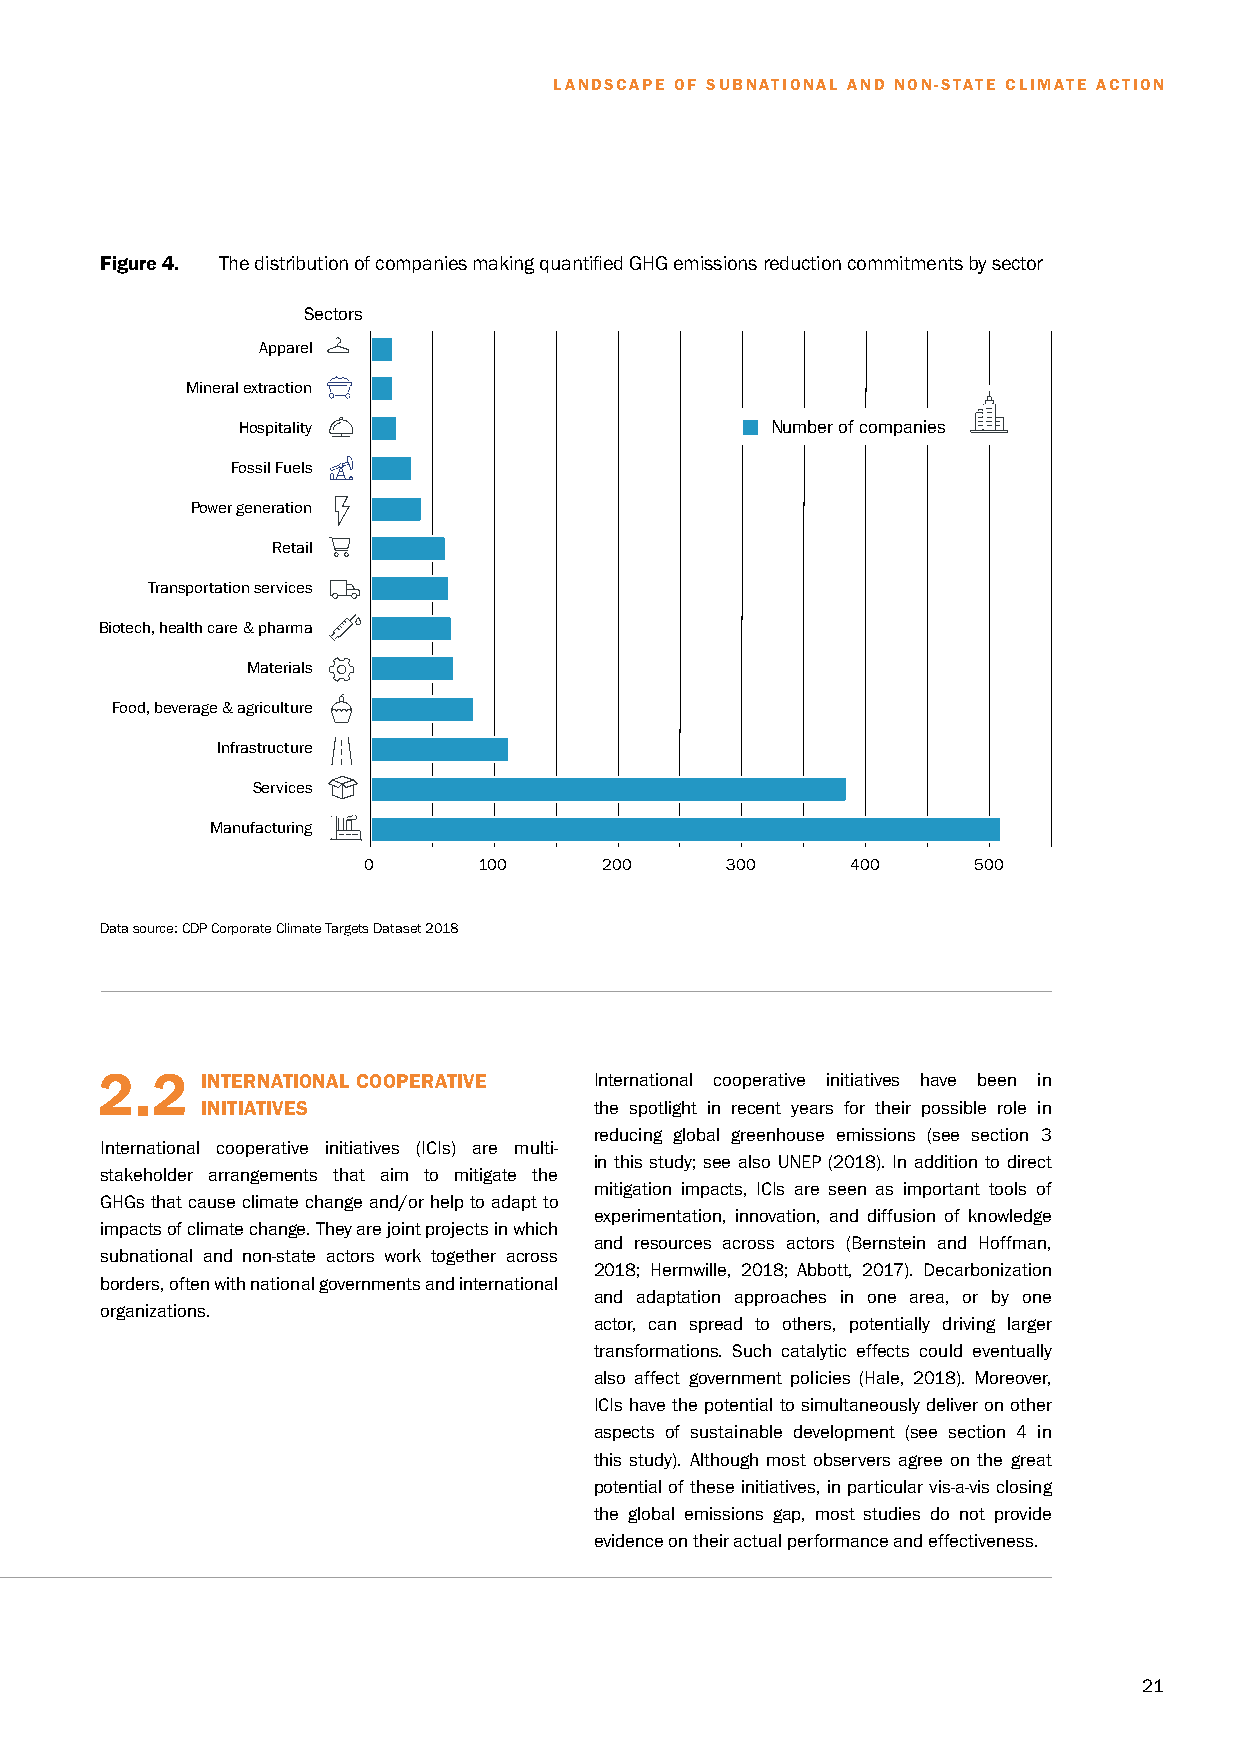
LANDSCAPE OF SUBNATIONAL AND NON-STATE CLIMATE ACTION
 Figure 4. The distribution of companies making quantified GHG emissions reduction commitments by sector
 Sectors
 Apparel
 Mineral extraction
 Hospitality                        Number of companies
 Fossil Fuels
 Power generation
 Retail
 Transportation services
 Biotech, health care & pharma
 Materials
 Food, beverage & agriculture
 Infrastructure
 Services
 Manufacturing
 0       100     200     300     400     500
 Data source: CDP Corporate Climate Targets Dataset 2018
 2.2   I NTERNATIONAL COOPERATIVE International cooperative initiatives have been in
 INITIATIVES               the spotlight in recent years for their possible role in
 reducing global greenhouse emissions (see section 3
 International cooperative initiatives (ICIs) are multi-
 in this study; see also UNEP (2018). In addition to direct
 stakeholder arrangements that aim to mitigate the
 mitigation impacts, ICIs are seen as important tools of
 GHGs that cause climate change and/or help to adapt to
 experimentation, innovation, and diffusion of knowledge
 impacts of climate change. They are joint projects in which
 and resources across actors (Bernstein and Hoffman,
 subnational and non-state actors work together across
 2018; Hermwille, 2018; Abbott, 2017). Decarbonization
 borders, often with national governments and international
 and adaptation approaches in one area, or by one
 organizations.
 actor, can spread to others, potentially driving larger
 transformations. Such catalytic effects could eventually
 also affect government policies (Hale, 2018). Moreover,
 ICIs have the potential to simultaneously deliver on other
 aspects of sustainable development (see section 4 in
 this study). Although most observers agree on the great
 potential of these initiatives, in particular vis-a-vis closing
 the global emissions gap, most studies do not provide
 evidence on their actual performance and effectiveness.
 21